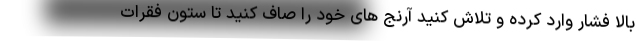
بالا فشار وارد کرده و تلاش کنید آرنج های خود را صاف کنید تا ستون فقرات